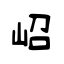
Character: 岹